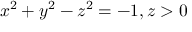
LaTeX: x ^ { 2 } + y ^ { 2 } - z ^ { 2 } = - 1 , z > 0